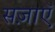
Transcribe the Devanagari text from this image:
सज़ाएॅ